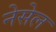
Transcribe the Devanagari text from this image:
नेसेल